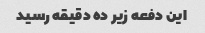
این دفعه زیر ده دقیقه رسید